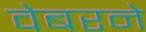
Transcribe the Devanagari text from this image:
वेबरने